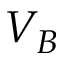
V _ { B }